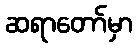
ဆရာတော်မှာ